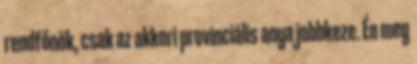
rendfőnök, csak az akkori provinciális anya jobbkeze. Én meg